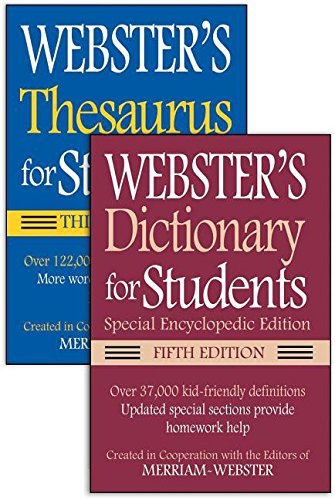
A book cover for Webster's For Students Dictionary/Thesaurus Shrink-wrapped Set; Merriam-Webser; Reference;